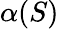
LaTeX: \alpha(S)